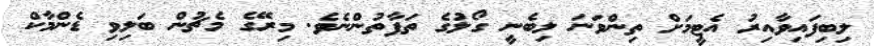
ލިބިފައިވާއިރު އެޓީމަށް ތިންވަނަ ލިބެނީ ގޯލުގެ ތަފާތުންނެވެ. މިރޭގެ މެޗުން ބަލިވި ޑެންމާކް